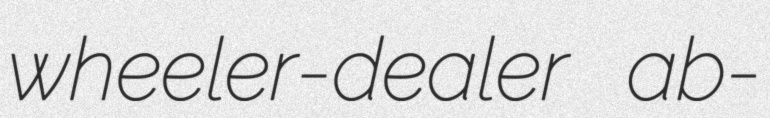
wheeler-dealer ab-